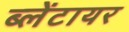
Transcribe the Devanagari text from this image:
ब्लेंटायर